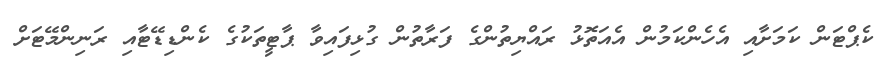
ކެޕްޓަން ކަމަށާއި އެހެންކަމުން އެއަތޮޅު ރައްޔިތުންގެ ފަރާތުން ގުޅިފައިވާ ޕާޓީތަކުގެ ކެންޑިޑޭޓާއި ރަނިންމޭޓަށް